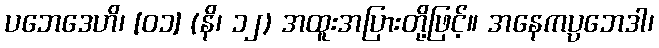
ပဘေဒေဟိ၊ [၀၁] (နိ၊ ၁၂) အထူးအပြားတို့ဖြင့်။ အနေကပ္ပဘေဒါ၊